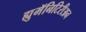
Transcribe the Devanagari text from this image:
ह्युमॅनिटिरीअन